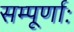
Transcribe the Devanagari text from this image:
सम्पूर्णाः